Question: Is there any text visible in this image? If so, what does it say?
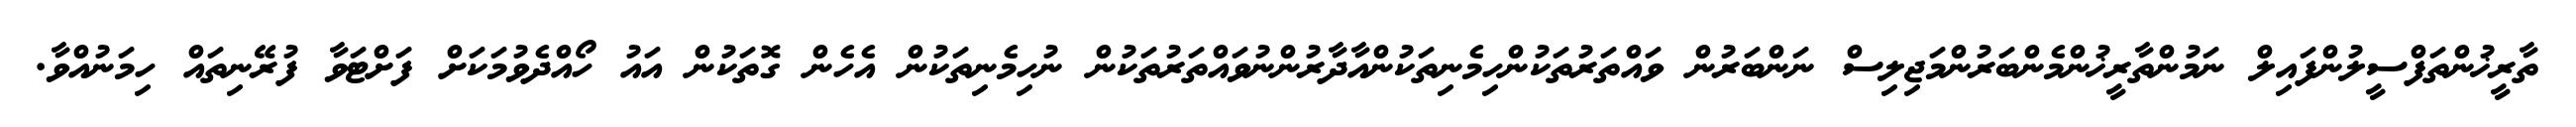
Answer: ތާރީޚުންތަފްސީލުންފައިލް ނަމުންތާރީޚުންމެންބަރުންމަޖިލިސް ނަންބަރުން ވައްތަރުތަކުންހިމެނިތަކުންއާދާރުންނުވައްތަރުތަކުން ނުހިމެނިތަކުން އެހެން ގޮތަކުން އައު ހޯއްދެވުމަކަށް ފަށްޓަވާ ފުރޭނިތައް ހިމަނުއްވާ.